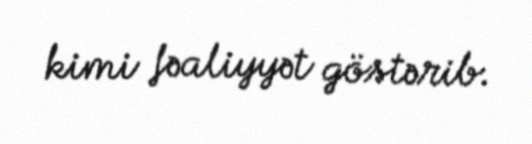
kimi fəaliyyət göstərib.